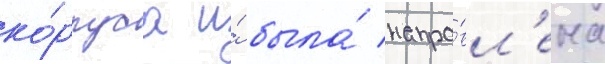
ко́рпуса и́ была́ напра́вл'ена